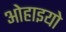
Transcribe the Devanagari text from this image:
ओहाइयो